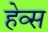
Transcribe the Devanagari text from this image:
हेव्स